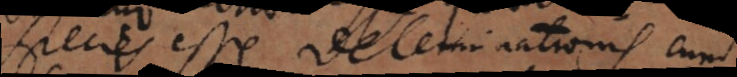
species esse determinationis cum